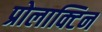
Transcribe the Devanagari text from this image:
प्रोलाक्टिन